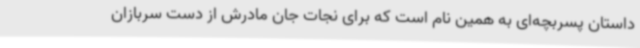
داستان پسربچه‌ای به همین نام است که برای نجات جان مادرش از دست سربازان